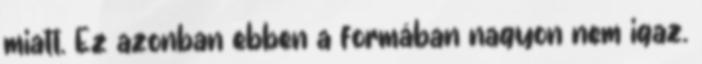
miatt. Ez azonban ebben a formában nagyon nem igaz.